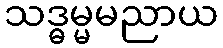
သဒ္ဓမ္မမညာယ